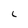
Character: 6